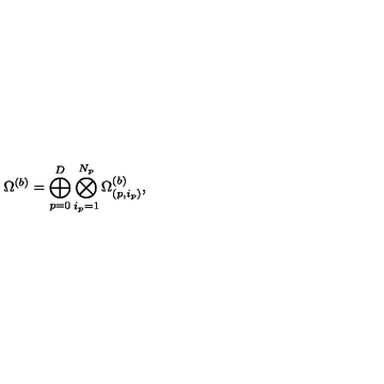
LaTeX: \Omega ^ { ( b ) } = \bigoplus _ { p = 0 } ^ { D } \bigotimes _ { i _ { p } = 1 } ^ { N _ { p } } \Omega _ { ( p , i _ { p } ) } ^ { ( b ) } ,